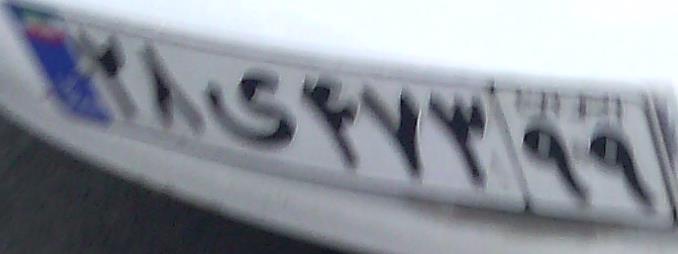
۲۸ی۴۷۳۹۹